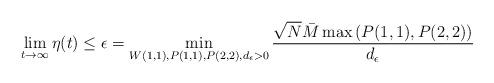
LaTeX: \begin{align*}\lim_{t \to \infty} \eta(t) \le \epsilon= \min_{W(1,1),P(1,1),P(2,2),d_\epsilon>0} \frac{\sqrt{N}\bar{M} \max \left(P(1,1),P(2,2) \right) }{d_\epsilon}\end{align*}